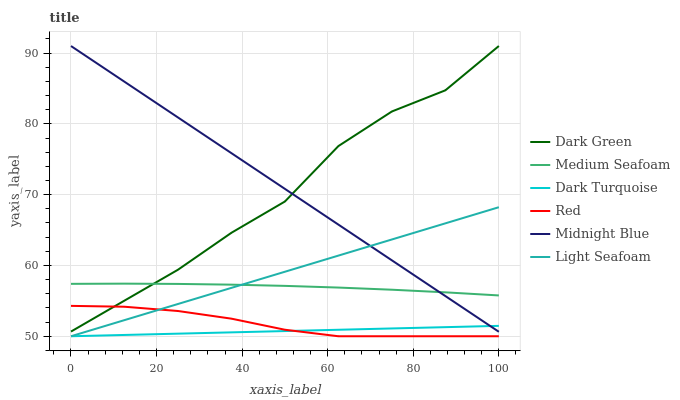
| xaxis_label | Dark Green | Medium Seafoam | Dark Turquoise | Red | Midnight Blue | Light Seafoam |
 | --- | --- | --- | --- | --- | --- | --- |
 | 0 | 50.7 | 57.4 | 50 | 54.3 | 91 | 50 |
 | 12.5 | 55 | 57.4 | 50.2 | 54.2 | 86 | 52.3 |
 | 25 | 59.4 | 57.4 | 50.4 | 53.6 | 80.9 | 54.6 |
 | 37.5 | 64.6 | 57.3 | 50.6 | 52.5 | 75.9 | 56.8 |
 | 50 | 69 | 57.1 | 50.7 | 50.9 | 70.8 | 59.1 |
 | 62.5 | 76.9 | 56.9 | 50.9 | 50 | 65.8 | 61.4 |
 | 75 | 81.8 | 56.6 | 51.1 | 50 | 60.7 | 63.7 |
 | 87.5 | 84.7 | 56.2 | 51.3 | 50 | 55.7 | 65.9 |
 | 100 | 91 | 55.8 | 51.5 | 50 | 50.6 | 68.2 |